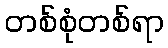
တစ်စုံတစ်ရာ